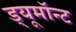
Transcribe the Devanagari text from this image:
ड्यूमॉन्ट